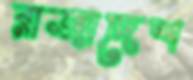
রাজাদেশ